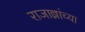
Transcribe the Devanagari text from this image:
राजाज्ञांच्या